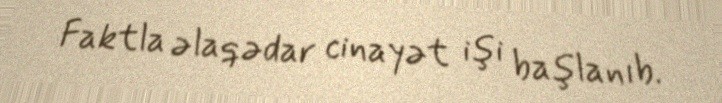
Faktla əlaqədar cinayət işi başlanıb.